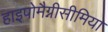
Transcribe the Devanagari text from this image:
हाइपोमैग्नीसीमिया